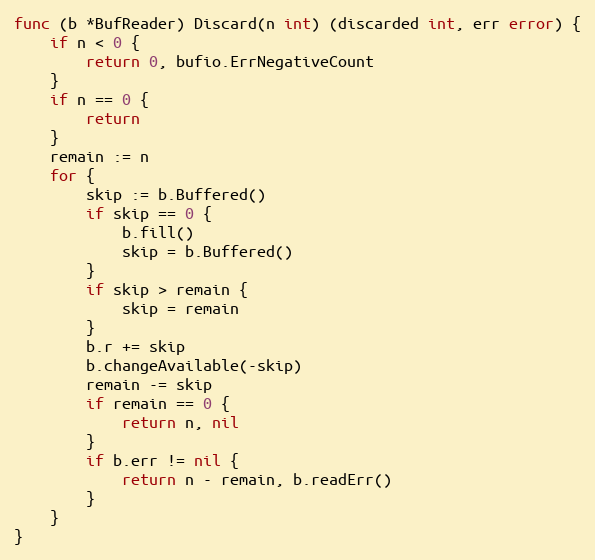
Language: Go
func (b *BufReader) Discard(n int) (discarded int, err error) {
	if n < 0 {
		return 0, bufio.ErrNegativeCount
	}
	if n == 0 {
		return
	}
	remain := n
	for {
		skip := b.Buffered()
		if skip == 0 {
			b.fill()
			skip = b.Buffered()
		}
		if skip > remain {
			skip = remain
		}
		b.r += skip
		b.changeAvailable(-skip)
		remain -= skip
		if remain == 0 {
			return n, nil
		}
		if b.err != nil {
			return n - remain, b.readErr()
		}
	}
}